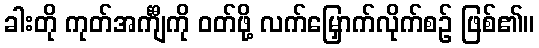
ခါးတို ကုတ်အင်္ကျီကို ဝတ်ဖို့ လက်မြှောက်လိုက်စဉ် ဖြစ်၏။